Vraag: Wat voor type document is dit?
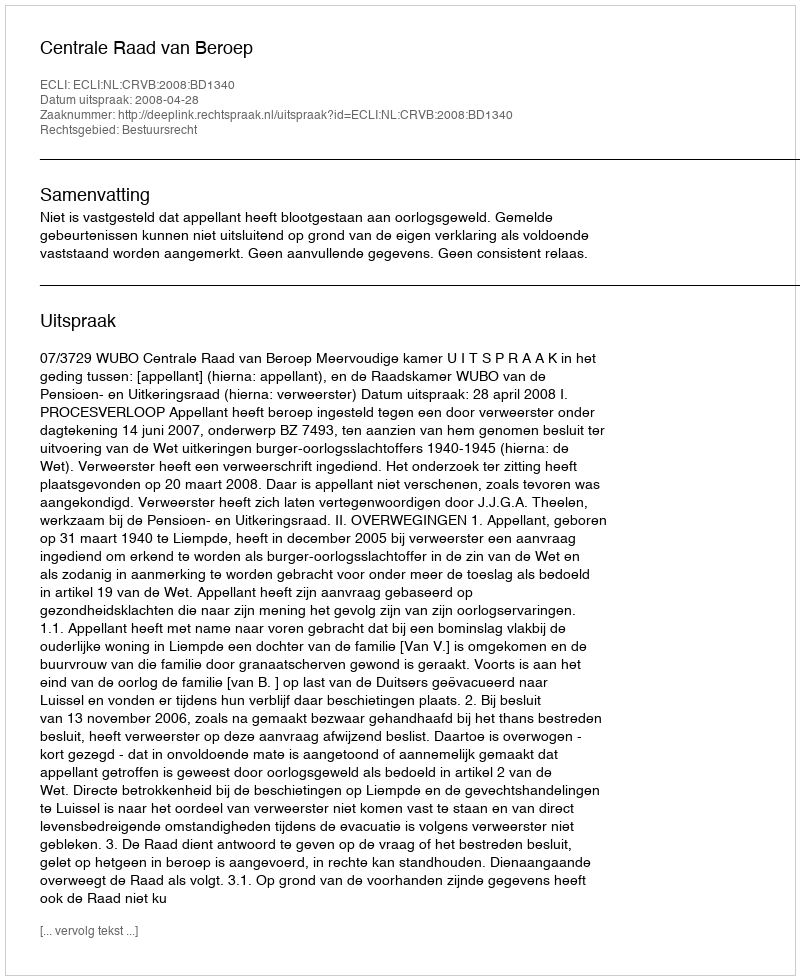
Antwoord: Uitspraak